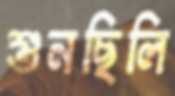
শুনছিলি